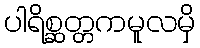
ပါရိစ္ဆတ္တကမူလမှိ